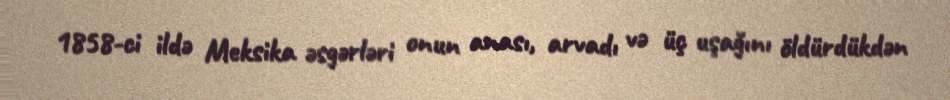
1858-ci ildə Meksika əsgərləri onun anası, arvadı və üç uşağını öldürdükdən